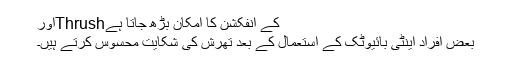
کے انفکشن کا امکان بڑھ جاتا ہےThrushاور
بعض افراد اینٹی بائیوٹک کے استعمال کے بعد تھرش کی شکایت محسوس کرتے ہیں۔